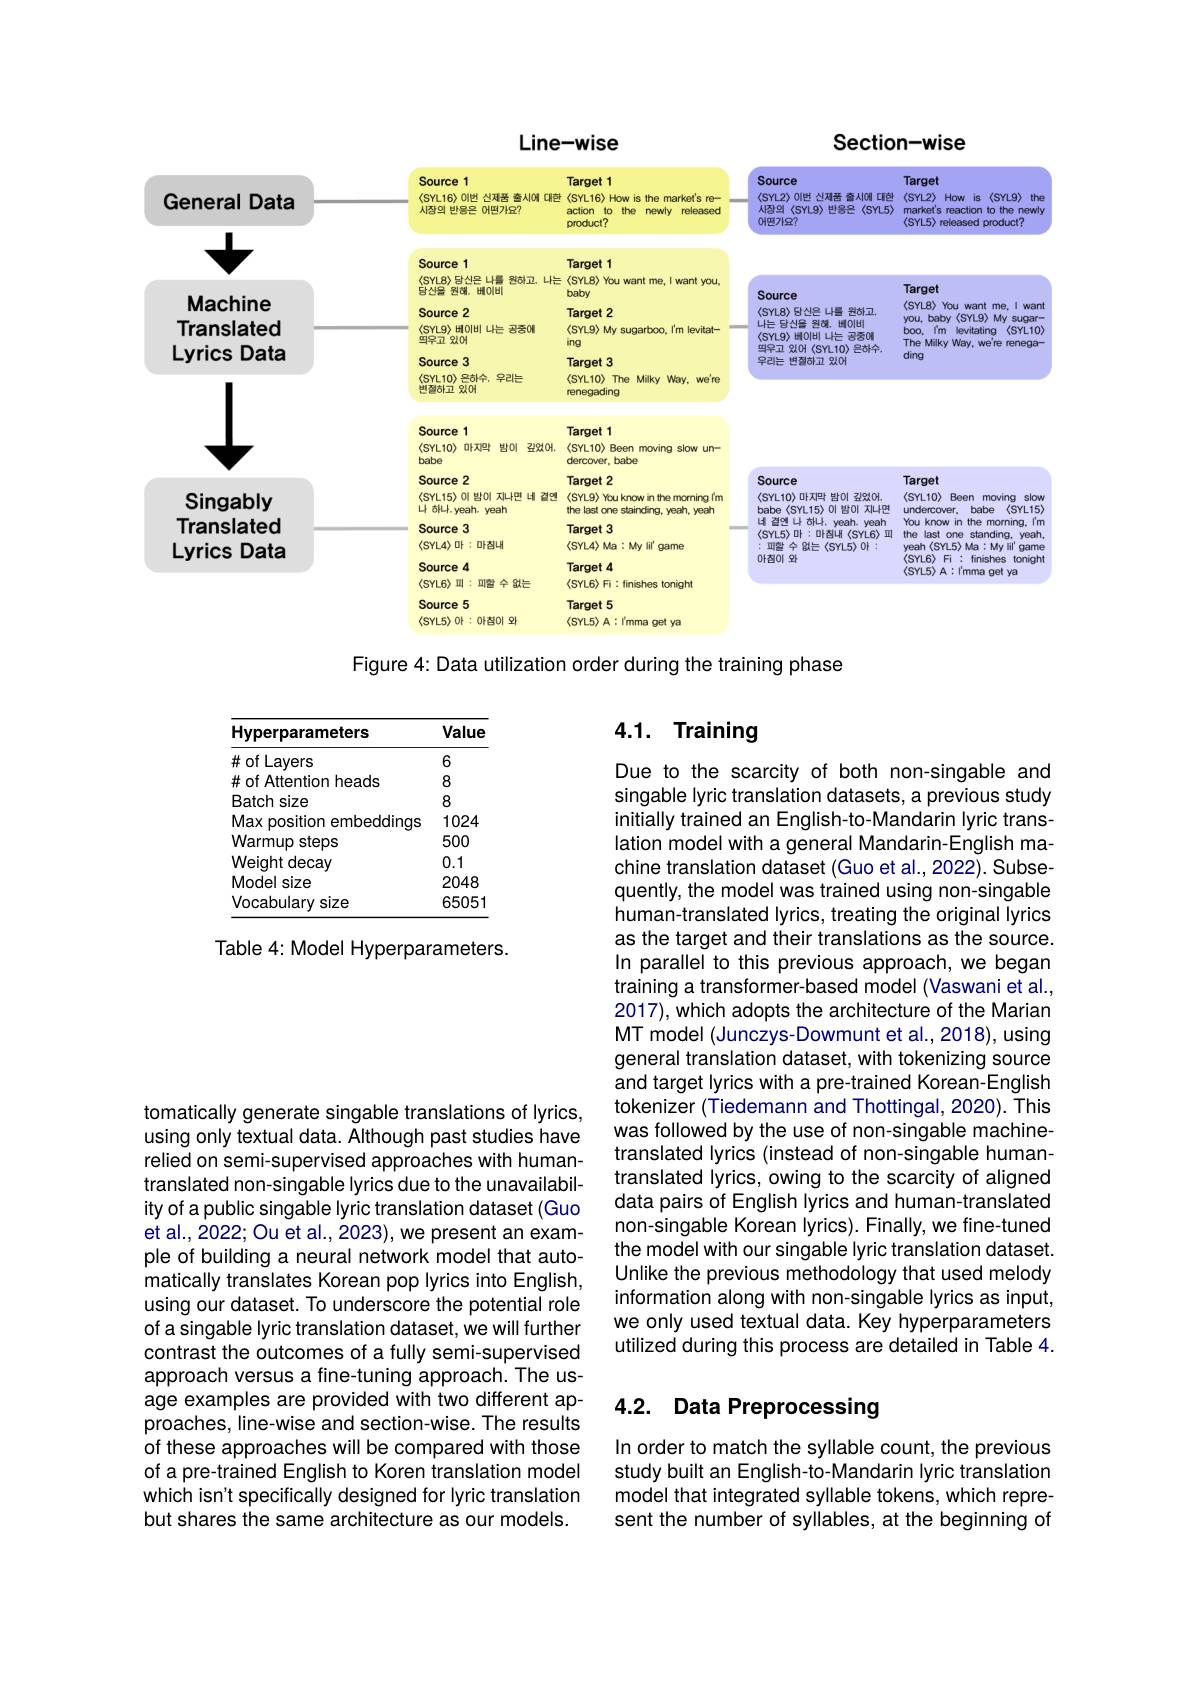
<FigureHere>
Figure 4: Data utilization order during the training phase

<table>
	<tbody>
		<tr>
			<th>Hyperparameters</th>
			<th>Value</th>
		</tr>
		<tr>
			<td>#of Layers</td>
			<td>6</td>
		</tr>
		<tr>
			<td>$\#$ of Attention heads</td>
			<td>8</td>
		</tr>
		<tr>
			<td>Batch size</td>
			<td>8</td>
		</tr>
		<tr>
			<td>Max position embeddinqs</td>
			<td>1024</td>
		</tr>
		<tr>
			<td>Warmup steps</td>
			<td>500</td>
		</tr>
		<tr>
			<td>Weight decay</td>
			<td>0.1</td>
		</tr>
		<tr>
			<td>Model sizer</td>
			<td>2048</td>
		</tr>
		<tr>
			<td>Vocabulary size</td>
			<td>65051</td>
		</tr>
	</tbody>
</table>

Table 4: Model Hyperparameters.

tomatically generate singable translations of Iyrics, using only textual data. Although past studies have relied on semi-supervised approaches with humantranslated non-singable Iyrics due to the unavailability of a public singable lyric translation dataset (Guo et al., 2022; Ou et al., 2023), we present an example of building a neural network model that automatically translates Korean pop lyrics into English, using our dataset. To underscore the potential role of a singable lyric translation dataset, we will further contrast the outcomes of a fully semi-supervised approach versus a fine-tuning approach. The usage examples are provided with two different approaches, line-wise and section-wise. The results of these approaches will be compared with those of a pre-trained English to Koren translation model which isn't specifically designed for lyric translation but shares the same architecture as our models.

## 4.1. Training

Due to the scarcity of both non-singable and singable lyric translation datasets, a previous study initially trained an English-to-Mandarin lyric translation model with a general Mandarin-English machine translation dataset (Guo et al., 2022). Subsequently, the model was trained using non-singable human-translated Iyrics, treating the original Iyrics as the target and their translations as the source. In parallel to this previous approach, we began training a transformer-based model (Vaswani et al., 2017), which adopts the architecture of the Marian MT model (Junczys-Dowmunt et al., 2018), using general translation dataset, with tokenizing source and target lyrics with a pre-trained Korean-English tokenizer (Tiedemann and Thottingal, 2020). This was followed by the use of non-singable machinetranslated Iyrics (instead of non-singable humantranslated Iyrics, owing to the scarcity of aligned data pairs of English lyrics and human-translated non-singable Korean Iyrics). Finally, we fine-tuned the model with our singable lyric translation dataset. Unlike the previous methodology that used melody information along with non-singable lyrics as input, we only used textual data. Key hyperparameters utilized during this process are detailed in Table 4.

## 4.2. Data Preprocessing

In order to match the syllable count, the previous study built an English-to-Mandarin Iyric translation model that integrated syllable tokens, which represent the number of syllables, at the beginning of